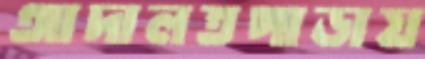
আদালতপাড়ায়